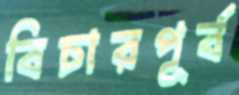
বিচারপূর্ব